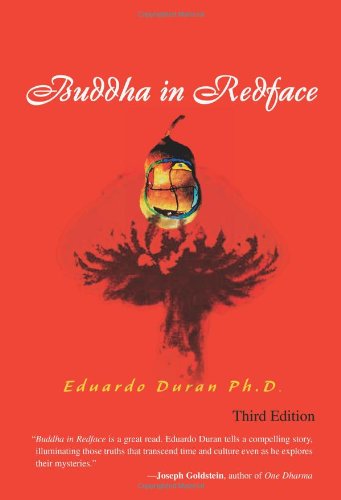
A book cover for Buddha in Redface: Third Edition; Eduardo Duran; Mystery, Thriller & Suspense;